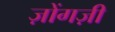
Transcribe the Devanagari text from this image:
ज़ोंगज़ी